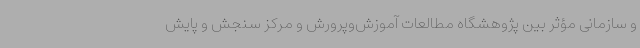
و سازمانی مؤثر بین پژوهشگاه مطالعات آموزش‌وپرورش و مرکز سنجش و پایش